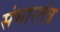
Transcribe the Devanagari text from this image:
संभारतंत्र